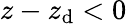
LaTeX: z-z_{\mathrm{d}}<0